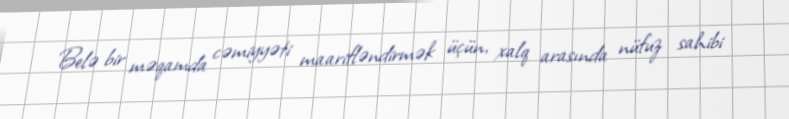
Belə bir məqamda cəmiyyəti maarifləndirmək üçün, xalq arasında nüfuz sahibi